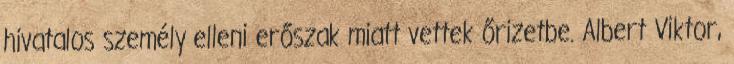
hivatalos személy elleni erőszak miatt vettek őrizetbe. Albert Viktor,